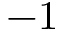
- 1